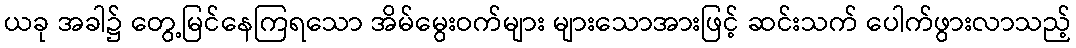
ယခု အခါ၌ တွေ့မြင်နေကြရသော အိမ်မွေးဝက်များ များသောအားဖြင့် ဆင်းသက် ပေါက်ဖွားလာသည့်